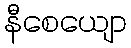
နီစေယျော